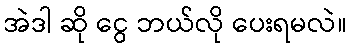
အဲဒါ ဆို ငွေ ဘယ်လို ပေးရမလဲ။